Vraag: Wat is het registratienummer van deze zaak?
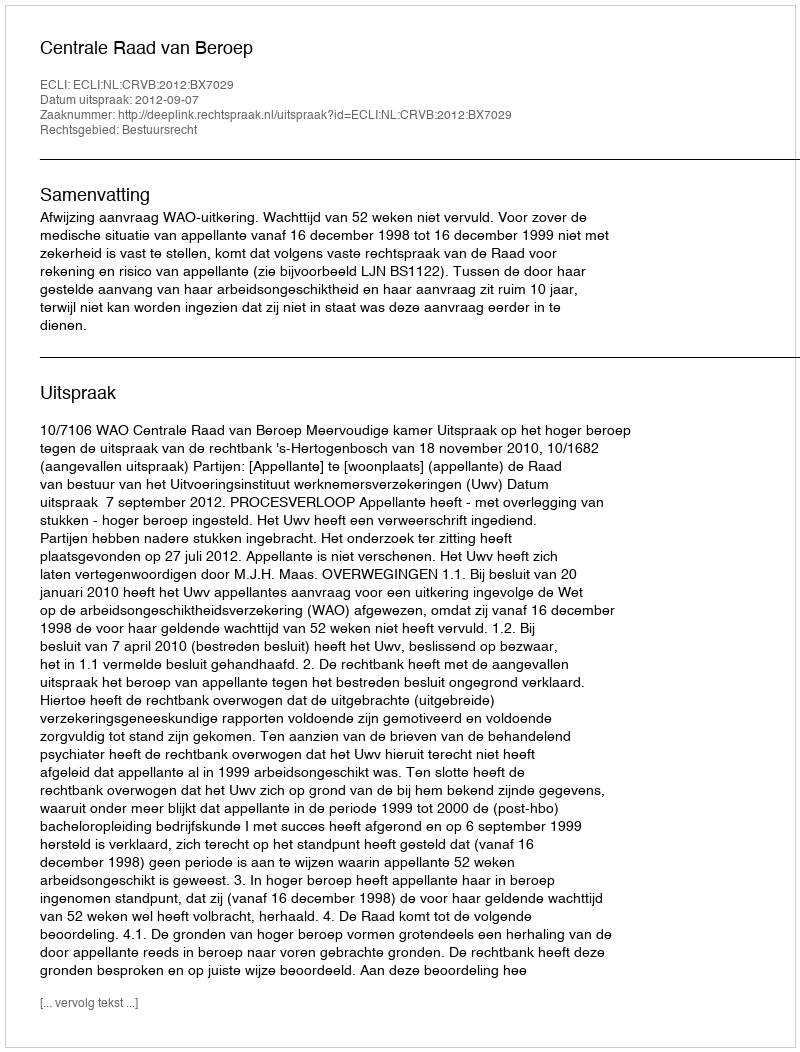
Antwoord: http://deeplink.rechtspraak.nl/uitspraak?id=ECLI:NL:CRVB:2012:BX7029